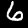
Digit: 6